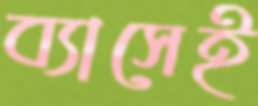
ব্যাসেই